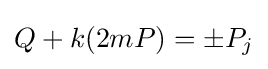
Q+k(2mP)=\pm P_{j}